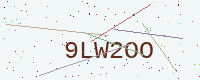
Text: 9LW2OO